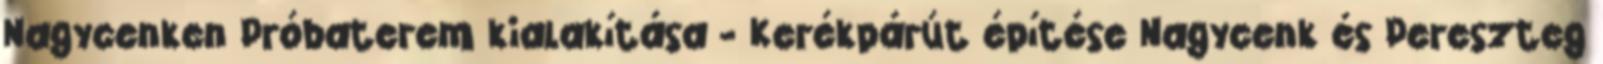
Nagycenken Próbaterem kialakítása - Kerékpárút építése Nagycenk és Pereszteg